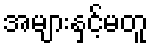
အများနှင့်မတူ